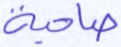
صاحبة